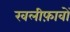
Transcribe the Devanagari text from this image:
खलीफ़ावों